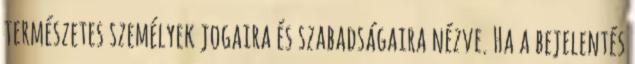
természetes személyek jogaira és szabadságaira nézve. Ha a bejelentés